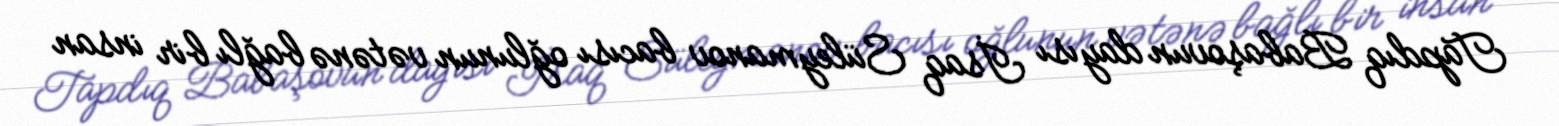
Tapdıq Babaşovun dayısı İsaq Süleymanov bacısı oğlunun vətənə bağlı bir insan